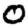
Digit: 0